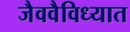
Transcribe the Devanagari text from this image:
जैववैविध्यात